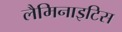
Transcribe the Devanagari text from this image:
लैमिनाइटिस